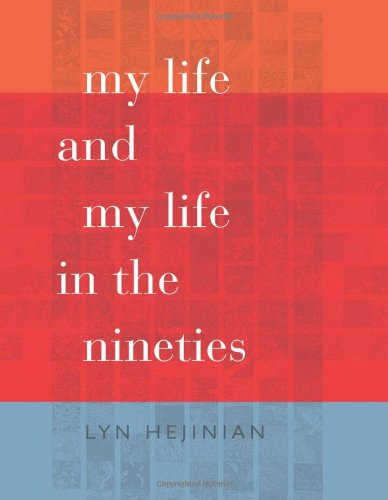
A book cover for My Life and My Life in the Nineties (Wesleyan Poetry Series); Lyn Hejinian; Literature & Fiction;